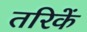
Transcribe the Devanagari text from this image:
तरिकें